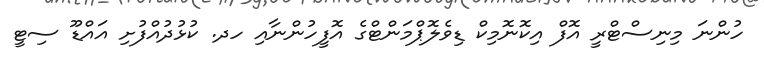
ހުންނަ މިނިސްޓްރީ އޮފް އިކޮނޮމިކް ޑިވެލޮޕްމަންޓްގެ އޮފީހުންނާއި ހދ. ކުޅުދުއްފުށި އައްޑޫ ސިޓީ